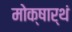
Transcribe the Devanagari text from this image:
मोक्षार्थं